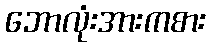
ဘောလုံးအားကစား